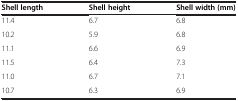
| Shell length | Shell height | Shell width (mm) |
 | --- | --- | --- |
 | 11.4 | 6.7 | 6.8 |
 | 10.2 | 5.9 | 6.8 |
 | 11.1 | 6.6 | 6.9 |
 | 11.5 | 6.4 | 7.3 |
 | 11.0 | 6.7 | 7.1 |
 | 10.7 | 6.3 | 6.9 |